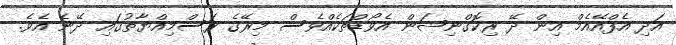
އަދި އެފްއޭއެމް އިން ދޭ ރިކޮގްނިޝަން އެވޯޑްތަކެއްވެސް މިރޭގެ ރަސްމިއްޔާތުގައި ދޭނެ އެވެ.